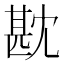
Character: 㽎